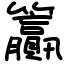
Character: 籯